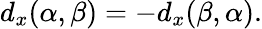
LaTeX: \begin{array}{r}{d_{x}(\alpha,\beta)=-d_{x}(\beta,\alpha).}\end{array}